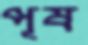
পূষ